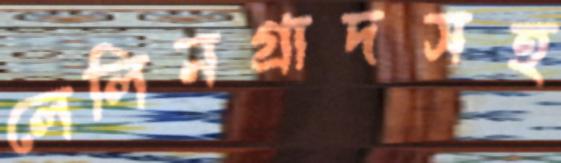
লেলিনগ্রাদসহ